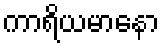
ကာရိယမာနော